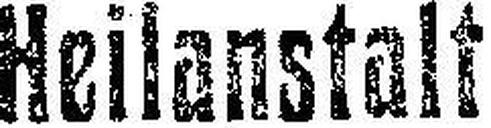
Heilanstalt